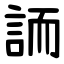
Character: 䛔